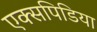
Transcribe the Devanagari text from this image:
एक्सपिडिया